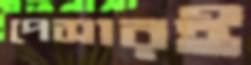
পেসারই